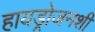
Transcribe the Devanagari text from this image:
हायड्रोजनशी